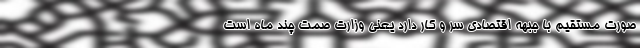
صورت مستقیم با جبهه اقتصادی سر و کار دارد یعنی وزارت صمت چند ماه است